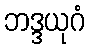
ဘဒ္ဒယုဂံ